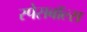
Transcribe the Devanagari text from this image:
स्पेसबॉल्स